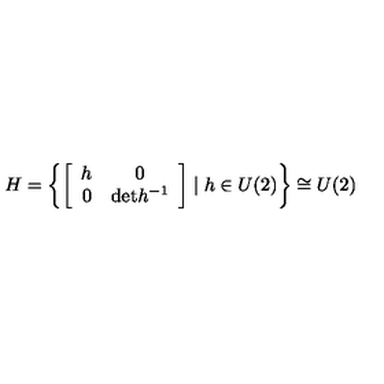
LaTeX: H = \left\{ \left[ \begin{array} { c c } { h } & { 0 } \\ { 0 } & { \mathrm { d e t } h ^ { - 1 } } \\ \end{array} \right] \mid { h } \in { U } ( 2 ) \right\} \cong U ( 2 )